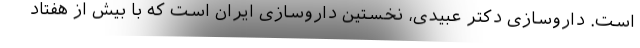
است. داروسازی دکتر عبیدی، نخستین داروسازی ایران است که با بیش از هفتاد